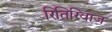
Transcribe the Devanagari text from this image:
रितिरिवाज